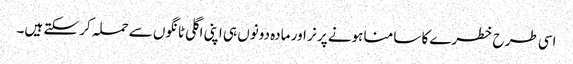
اسی طرح خطرے کا سامنا ہونے پر نر اور مادہ دونوں ہی اپنی اگلی ٹانگوں سے حملہ کر سکتے ہیں۔